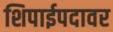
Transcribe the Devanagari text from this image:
शिपाईपदावर